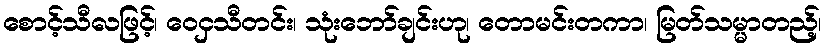
စောင့်သီလဖြင့်၊ ဝေငှသီတင်း၊ သုံးဘော်ချင်းဟု၊ တောမင်းတကာ၊ မြတ်သမ္မာတည့်၊